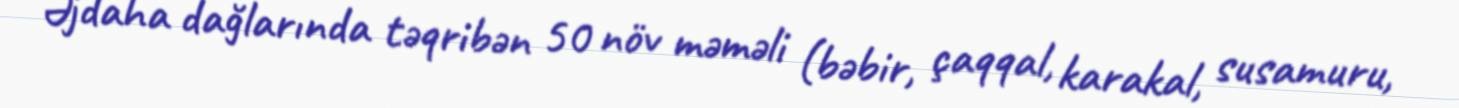
Əjdaha dağlarında təqribən 50 növ məməli (bəbir, çaqqal, karakal, susamuru,